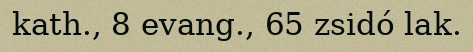
kath., 8 evang., 65 zsidó lak.